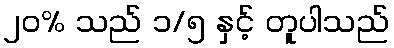
၂၀% သည် ၁/၅ နှင့် တူပါသည်